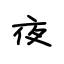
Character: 夜